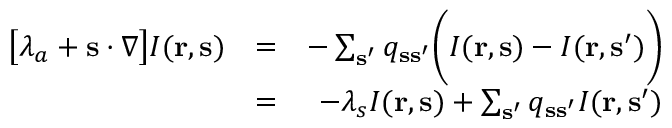
\begin{array} { r l r } { \big [ \lambda _ { a } + { \bf s } \cdot \nabla \big ] I ( { \bf r } , { \bf s } ) } & { = } & { - \sum _ { { \bf s } ^ { \prime } } q _ { { \bf s } { \bf s } ^ { \prime } } \bigg ( I ( { \bf r } , { \bf s } ) - I ( { \bf r } , { \bf s } ^ { \prime } ) \bigg ) } \\ & { = } & { - \lambda _ { s } I ( { \bf r } , { \bf s } ) + \sum _ { { \bf s } ^ { \prime } } q _ { { \bf s } { \bf s } ^ { \prime } } I ( { \bf r } , { \bf s } ^ { \prime } ) } \end{array}